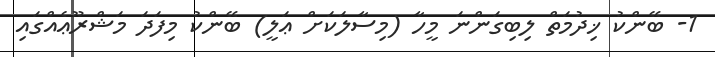
1- ބޭންކު ޚިދުމަތް ލިބިގަންނަ މީހާ (މިސާލަކަށް ޢަލީ) ބޭންކު މިފަދަ މަޝްރޫޢެއްގައި